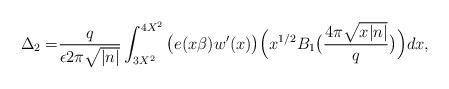
LaTeX: \begin{align*}\Delta_2=&\frac{q}{\epsilon2\pi\sqrt{|n|}}\int_{3X^2}^{4X^2}\big(e(x\beta)w'(x)\big)\Big(x^{1/2}B_1\big(\frac{4\pi\sqrt{x|n|}}{q}\big)\Big)dx,\end{align*}